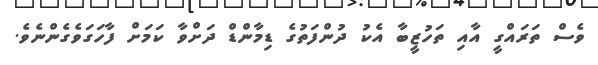
ވެސް ތަރައްގީ އާއި ތަހުޒީބާ އެކު ދުންފަތުގެ ޑިމާންޑް ދަށްވާ ކަމަށް ފާހަގަވެގެންނެވެ.